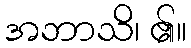
အဘာသိ၊ ၏။